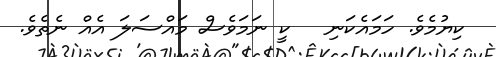
ކިޔުމެވެ. ހަމައެކަނި   ކީ ނަމަވެސް މައްސަލަ އެއް ނެތެވެ.